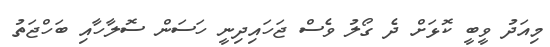
މިއަދު ވީބީ ކޮޅަށް ދެ ގޯލު ވެސް ޖަހައިދިނީ ހަސަން ސޮލާހާއި ބަހްޖަތު